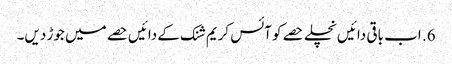
6. اب باقی دائیں نچلے حصے کو آئس کریم شنک کے دائیں حصے میں جوڑ دیں۔